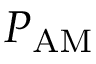
P _ { \mathrm { A M } }